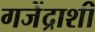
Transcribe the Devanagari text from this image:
गजेंद्राशी